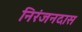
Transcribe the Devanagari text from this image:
निरंजनदास